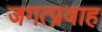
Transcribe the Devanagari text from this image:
जगत्प्रवाह